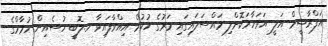
އަފްރާޝީމް އަލީ އަވަހާރަކޮށްލި މައްސަލައިގައި މަރުގެ ހުކުމް އިއްވާފައިވާ ހ.ލޮބީ ހުސެއިން ހުމާމްގެ